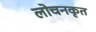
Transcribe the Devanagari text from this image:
लोचनकृत